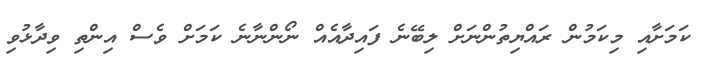
ކަމަށާއި މިކަމުން ރައްޔިތުންނަށް ލިބޭނެ ފައިދާއެއް ނޯންނާނެ ކަމަށް ވެސް އިންތި ވިދާޅުވި